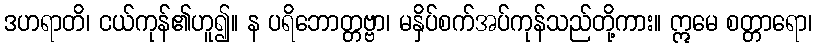
ဒဟရာတိ၊ ငယ်ကုန်၏ဟူ၍။ န ပရိဘောတ္တဗ္ဗာ၊ မနှိပ်စက်အပ်ကုန်သည်တို့ကား။ ဣမေ စတ္တာရော၊